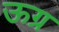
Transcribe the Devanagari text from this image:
ऊग्र